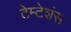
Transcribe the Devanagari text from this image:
टेम्टेशंस